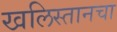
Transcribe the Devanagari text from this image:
खलिस्तानचा